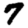
Digit: 7